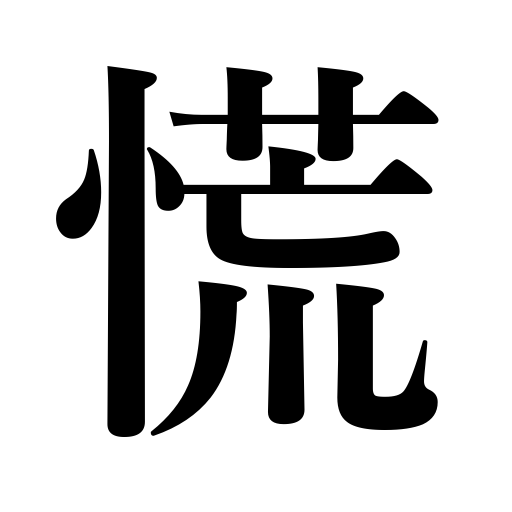
Meanings: be hurried,confused,be confused,lose one's head,busy,be hasty,bustling